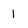
Character: 1